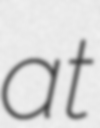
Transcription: at